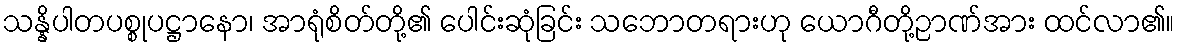
သန္နိပါတပစ္စုပဋ္ဌာနော၊ အာရုံစိတ်တို့၏ ပေါင်းဆုံခြင်း သဘောတရားဟု ယောဂီတို့ဉာဏ်အား ထင်လာ၏။